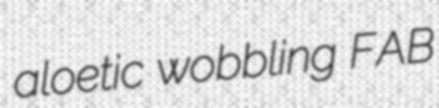
aloetic wobbling FAB